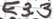
Text: E3.3